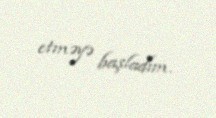
etməyə başladım.